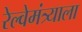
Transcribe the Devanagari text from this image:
रेल्वेमंत्र्याला